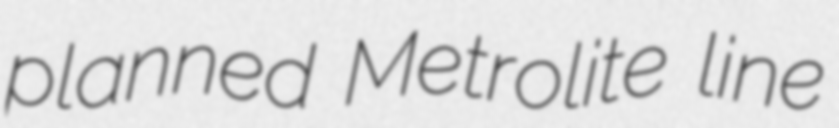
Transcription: planned Metrolite line